Vaccine operations Central Provinces 1868-1885 - 1868-1885
Year: 1868
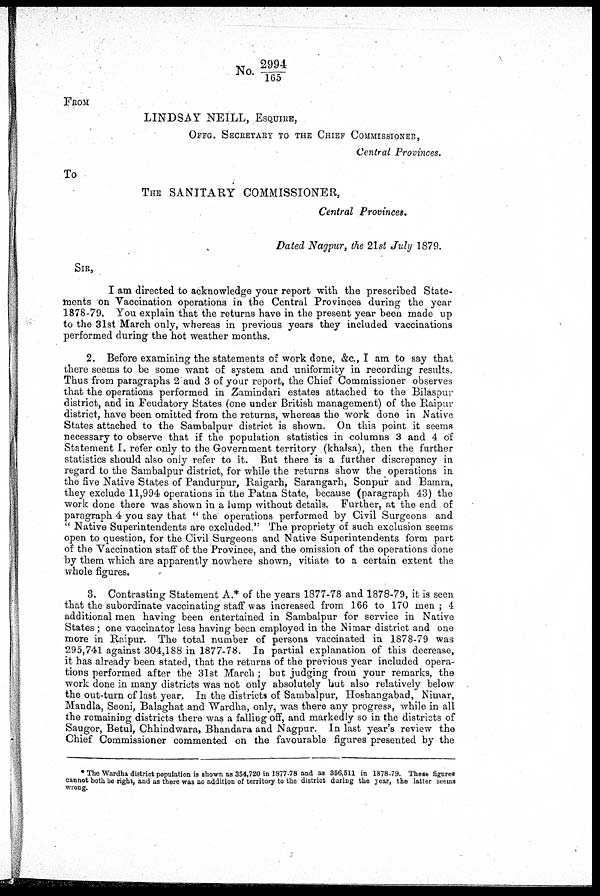
No. 2994/ 165
FROM
LINDSAY NEILL, ESQUIRE,
OFFG. SECRETARY TO THE CHIEF COMMISSIONER,
Central Provinces.
To
THE SANITARY COMMISSIONER,
Central Provinces.
Dated Nagpur, the 21st July 1879.
SIR,
I am directed to acknowledge your report with the prescribed State-
ments on Vaccination operations in the Central Provinces during the year
1878-79. You explain that the returns have in the present year been made up
to the 31st March only, whereas in previous years they included vaccinations
performed during the hot weather months.
2. Before examining the statements of work done, &c, I am to say that
there seems to be some want of system and uniformity in recording results.
Thus from paragraphs 2 and 3 of your report, the Chief Commissioner observes
that the operations performed in Zamindari estates attached to the Bilaspur
district, and in Feudatory States (one under British management) of the Raipur
district, have been omitted from the returns, whereas the work done in Native
States attached to the Sambalpur district is shown. On this point it seems
necessary to observe that if the population statistics in columns 3 and 4 of
Statement I. refer only to the Government territory (khalsa), then the further
statistics should also only refer to it. But there is a further discrepancy in
regard to the Sambalpur district, for while the returns show the operations in
the five Native States of Pandurpur, Raigarh, Sarangarh, Sonpur and Bamra,
they exclude 11,994 operations in the Patna State, because (paragraph 43) the
work done there was shown in a lump without details. Further, at the end of
paragraph 4 you say that “ the operations performed by Civil Surgeons and
“ Native Superintendents are excluded." The propriety of such exclusion seems
open to question, for the Civil Surgeons and Native Superintendents form part
of the Vaccination staff of the Province, and the omission of the operations done
by them which are apparently nowhere shown, vitiate to a certain extent the
whole figures.
3. Contrasting Statement A.* of the years 1877-78 and 1878-79, it is seen
that the subordinate vaccinating staff was increased from 166 to 170 men ; 4
additional men having been entertained in Sambalpur for service in Native
States ; one vaccinator less having been employed in the Nimar district and one
more in Raipur. The total number of persons vaccinated in 1878-79 was
295,741 against 304,188 in 1877-78. In partial explanation of this decrease,
it has already been stated, that the returns of the previous year included opera-
tions performed after the 31st March ; but judging from your remarks, the
work done in many districts was not only absolutely but also relatively below
the out-turn of last year. In the districts of Sambalpur, Hoshangabad, Nimar,
Mandla, Seoni, Balaghat and Wardha, only, was there any progress, while in all
the remaining districts there was a falling off, and markedly so in the districts of
Saugor, Betul, Chhindwara, Bhandara and Nagpur. In last year's review the
Chief Commissioner commented on the favourable figures presented by the
The Wardha district population is shown as 354,720 in 1877-78 and as 356,511 in 1878-79. These figures
cannot both be right, and as there was no addition of territory to the district during the year, the latter seems
wrong.